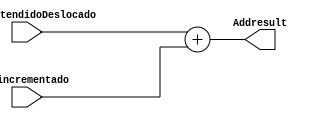
module addalu(valorEstendidoDeslocado, pcincrementado, Addresult);
	input [31:0] valorEstendidoDeslocado, pcincrementado;
	output [31:0] Addresult;
	
	assign Addresult = valorEstendidoDeslocado + pcincrementado;	
endmodule

/*
module simulaaddalu();
	reg [31:0] valorEstendidoDeslocado, pcincrementado;
	wire [31:0] Addresult;	

	addalu inst(valorEstendidoDeslocado, pcincrementado, Addresult);
	
	initial begin
		$dumpfile("teste.vcd");
		$dumpvars;
		
		   valorEstendidoDeslocado = 50; pcincrementado = 40;
		#4 valorEstendidoDeslocado = 50*4; pcincrementado = 44;
		#4 valorEstendidoDeslocado = 60; pcincrementado = 48;
		#4 valorEstendidoDeslocado = 70; pcincrementado = 52;
		#4 valorEstendidoDeslocado = 80; pcincrementado = 56;
		#4 valorEstendidoDeslocado = 90; pcincrementado = 60;
		#4 valorEstendidoDeslocado = 91; pcincrementado = 64;
		#4 valorEstendidoDeslocado = 95; pcincrementado = 68;
		
		#5 $finish;
	end
endmodule
*/